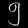
Digit: ၅